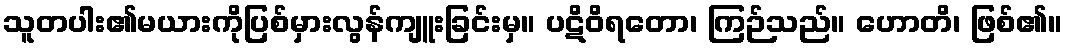
သူတပါး၏မယားကိုပြစ်မှားလွန်ကျူးခြင်းမှ။ ပဋိဝိရတော၊ ကြဉ်သည်။ ဟောတိ၊ ဖြစ်၏။